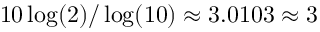
1 0 \log ( 2 ) / \log ( 1 0 ) \approx 3 . 0 1 0 3 \approx 3